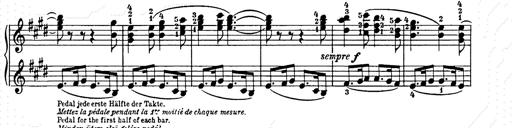
Title: Weihnachtsbaum
Composer: Franz Liszt